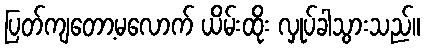
ပြတ်ကျတော့မလောက် ယိမ်းထိုး လှုပ်ခါသွားသည်။